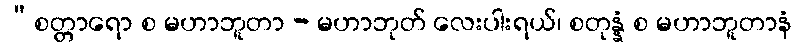
“စတ္တာရော စ မဟာဘူတာ - မဟာဘုတ် လေးပါးရယ်၊ စတုန္နံ စ မဟာဘူတာနံ